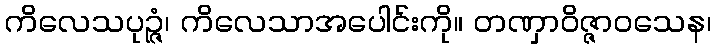
ကိလေသပုဉ္ဇံ၊ ကိလေသာအပေါင်းကို။ တဏှာဝိဇ္ဇာဝသေန၊